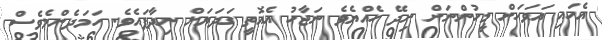
އެހައި އަވަހަށް މީހުންނަށް ނިދޭ ހެއްޔެވެ ނަޖާހު އެއޮތީ ގަދަޔަށް ނިދާފައެވެ. ހަމަދެންމެވެސް